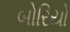
બોરિયો